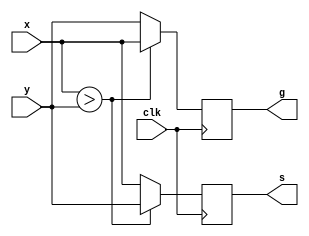
`timescale 1ns / 1ps

module Swapper
	#(parameter N = 8)
	(
		input wire clk,
		input wire signed [N-1:0] x,y,
		output reg signed [N-1:0] s,g
    );
	
	always @(posedge clk)
		if(x>y)
			begin
				s = y;
				g = x;
			end
		else
			begin
				s = x;
				g = y;
			end
			
endmodule